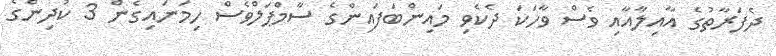
ދެފަރާތުގެ އާއިލާއާއި ވެސް ވާހަކަ ދެކެވި މައިންބަފައިންގެ ސާމްޕަލްވެސް ހިމަނައިގެން 3 ކުދިންގެ